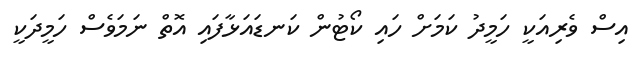
އިސް ވެރިއަކީ ހަމީދު ކަމަށް ހައި ކޯޓުން ކަނޑައަޅާފައި އޮތް ނަމަވެސް ހަމީދަކީ